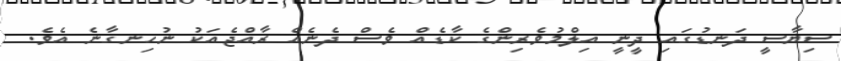
ސިޔާސީ ދަނޑުގައި ދީނީ އިލްމުވެރިންގެ ކާޑެއް ވެސް ދެނެއް ރާއްޖެއަކު ނުހިނގާނެ އެވެ.